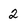
Character: 2